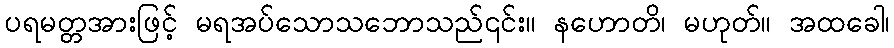
ပရမတ္တအားဖြင့် မရအပ်သောသဘောသည်၎င်း။ နဟောတိ၊ မဟုတ်။ အထခေါ၊